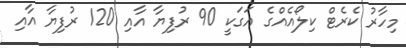
މިހާރު ކެރެޓް ކިލޯއެއްގެ އަގަކީ 90 ރުފިޔާ އާއި 120 ރުފިޔާ އާއި